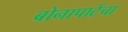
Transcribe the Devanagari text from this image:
बोनापार्टचा